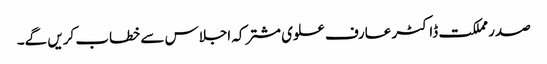
صدر مملکت ڈاکٹر عارف علوی مشترکہ اجلاس سے خطاب کریں گے۔